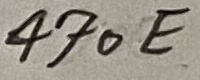
Text: 470E